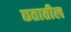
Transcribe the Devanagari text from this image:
छतातील